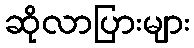
ဆိုလာပြားများ